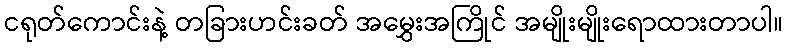
ငရုတ်ကောင်းနဲ့ တခြားဟင်းခတ် အမွှေးအကြိုင် အမျိုးမျိုးရောထားတာပါ။